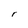
Character: r